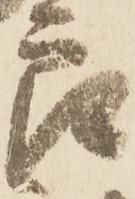
郎